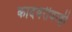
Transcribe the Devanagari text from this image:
कादंबरीवरही